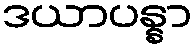
ဒယာပန္နာ